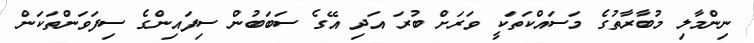
ނިންމާލި މުބާރާތުގެ މަސައްކަތަކީ ވަރަށް ބުރަ އަދި އޭގެ ސަބަބުން ސިފައިންގެ ސިފަވަންތަކަން